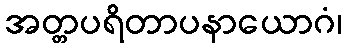
အတ္တပရိတာပနာယောဂံ၊